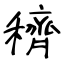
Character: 穧